Scientific memoirs by medical officers of the Army of India - Part V,
Year: 1890
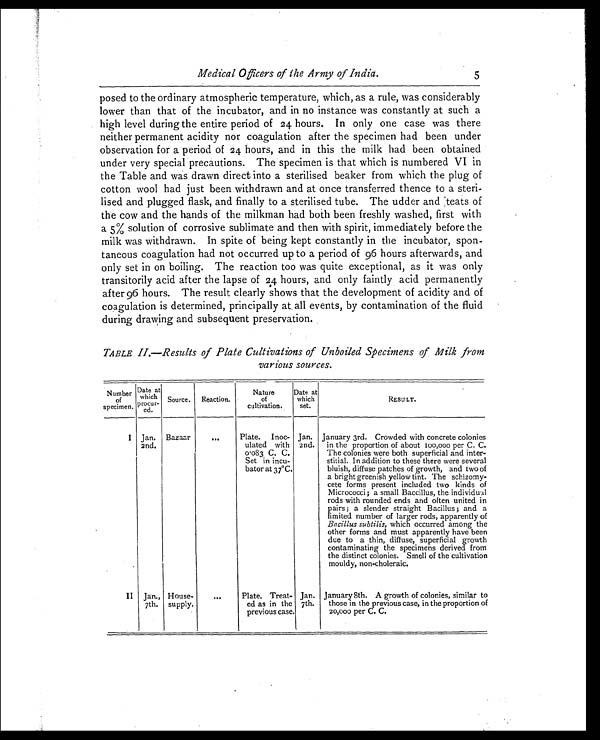
Medical Officers of the Army of India.
5
posed to the ordinary atmospheric temperature, which, as a rule, was considerably
lower than that of the incubator, and in no instance was constantly at such a
high level during the entire period of 24 hours. In only one case was there
neither permanent acidity nor coagulation after the specimen had been under
observation for a period of 24 hours, and in this the milk had been obtained
under very special precautions. The specimen is that which is numbered VI in
the Table and was drawn direct into a sterilised beaker from which the plug of
cotton wool had just been withdrawn and at once transferred thence to a steri-
lised and plugged flask, and finally to a sterilised tube. The udder and 'teats of
the cow and the hands of the milkman had both been freshly washed, first with
a 5% solution of corrosive sublimate and then with spirit, immediately before the
milk was withdrawn. In spite of being kept constantly in the incubator, spon-
taneous coagulation had not occurred up to a period of 96 hours afterwards, and
only set in on boiling. The reaction too was quite exceptional, as it was only
transitorily acid after the lapse of 24 hours, and only faintly acid permanently
after 96 hours. The result clearly shows that the development of acidity and of
coagulation is determined, principally at, all events, by contamination of the fluid
during drawing and subsequent preservation.
TABLE II .—Results of Plate Cultivations of Unboiled Specimens of Milk from
various sources.
Number of
specimen.
Date at
which
P r o c u r -
e d .
S o u r c e . Reaction.
Nature
of
cultivation.
Date at
which
set.
RESULT.
I Jan.
2nd.
Bazaar
. . .
Plate. Inoc-
ulated with
0.083 C. C.
Set in incu-
bator at 37°C.
Jan.
2nd.
January 3rd. Crowded with concrete colonies
in the proportion of about 100,000 per C. C.
The colonies were both superficial and inter-
stitial. In addition to these there were several
bluish, diffuse patches of growth, and two of
a bright greenish yellow tint. The schizomy
cete forms present included two kinds of
Micrococci ; a small Baccillus, the individual
rods with rounded ends and often united it
pairs; a slender straight Bacillus ; and
a limited number of larger rods, apparently of
Bacillus subtilis, which occurred among the
other forms and must apparently have been
due to a thin, diffuse, superficial growth
contaminating the specimens derived from
the distinct colonies. Smell of the cultivation
mouldy, non-choleraic.
II Jan.,
7th.
House-
supply.
...
Plate. Treat-
ed as in the
previous case.
Jan.
7th.
January 8th. A growth of colonies, similar to
those in the previous case, in the proportion of
20,000 per C. C.